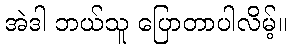
အဲဒါ ဘယ်သူ ပြောတာပါလိမ့်။